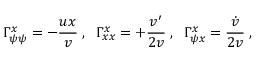
\Gamma _ { \psi \psi } ^ { x } = - { \frac { u x } { v } } \; , \; \; \Gamma _ { x x } ^ { x } = + { \frac { v ^ { \prime } } { 2 v } } \; , \; \; \Gamma _ { \psi x } ^ { x } = { \frac { \dot { v } } { 2 v } } \; ,